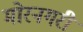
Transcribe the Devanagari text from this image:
मोरनगरी